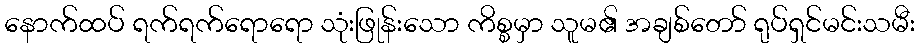
နောက်ထပ် ရက်ရက်ရောရော သုံးဖြုန်းသော ကိစ္စမှာ သူမ၏ အချစ်တော် ရုပ်ရှင်မင်းသမီး